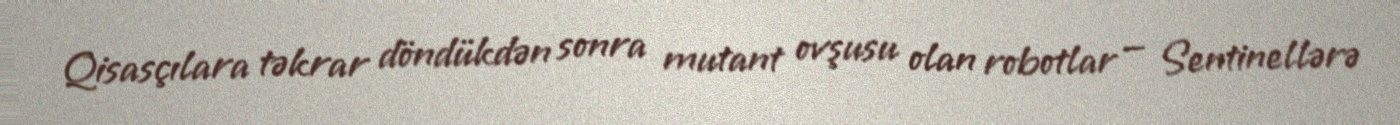
Qisasçılara təkrar döndükdən sonra mutant ovşusu olan robotlar — Sentinellərə